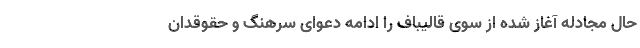
حال مجادله آغاز شده از سوی قالیباف را ادامه دعوای سرهنگ و حقوقدان